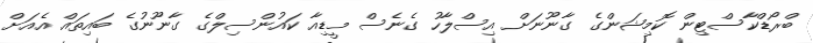
ބްރޯޑްކާސްޓިން ކޮމިޝަންގެ ގާނޫނަށް އިސްލާހު ގެނެސް މީޑިއާ ކައުންސިލްގެ ގާނޫނުގެ ބައިތައް އެއަށް